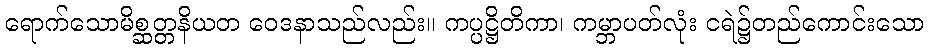
ရောက်သောမိစ္ဆတ္တနိယတ ဝေဒနာသည်လည်း။ ကပ္ပဋ္ဌိတိကာ၊ ကမ္ဘာပတ်လုံး ငရဲ၌တည်ကောင်းသော